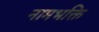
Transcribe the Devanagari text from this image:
नामभक्ति